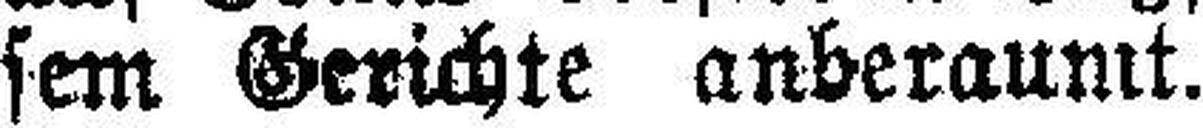
sem Gerichte anberaumt.